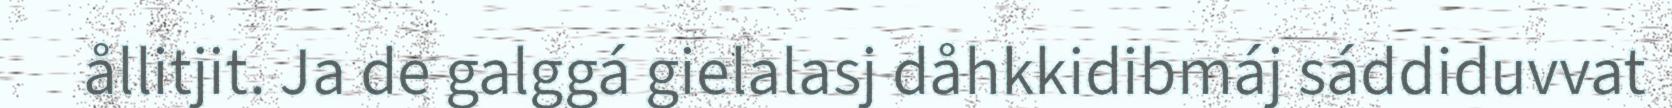
ållitjit. Ja de galggá gielalasj dåhkkidibmáj sáddiduvvat